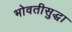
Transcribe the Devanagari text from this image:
भोवतीसुद्धा